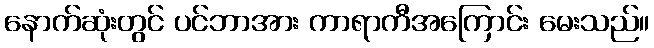
နောက်ဆုံးတွင် ပင်ဘာအား ကာရာကီအကြောင်း မေးသည်။